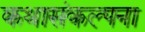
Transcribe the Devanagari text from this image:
कथासंकल्पना